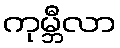
ကုမ္ဘီလာ